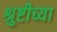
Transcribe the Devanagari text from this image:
श्रुष्टीच्या